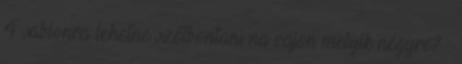
4 sablonra lehetne szétbontani na vajon melyik négyre? :